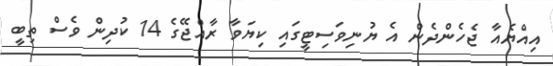
އިއްޔެއާ ޖެހެންދެން އެ ޔުނިވަސިޓީގައި ކިޔަވާ ރާއްޖޭގެ 14 ކުދިން ވެސް ތިބީ